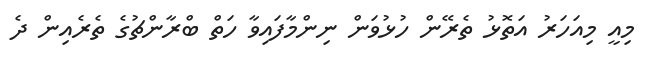
މިއީ މިއަހަރު އަތޮޅު ތެރޭން ހުޅުވަން ނިންމާފައިވާ ހަތް ބްރާންޗުގެ ތެރެއިން ދެ